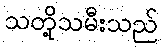
သတို့သမီးသည်